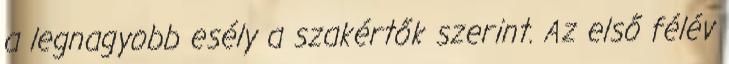
a legnagyobb esély a szakértők szerint. Az első félév